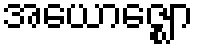
အယောဇ္ဈော